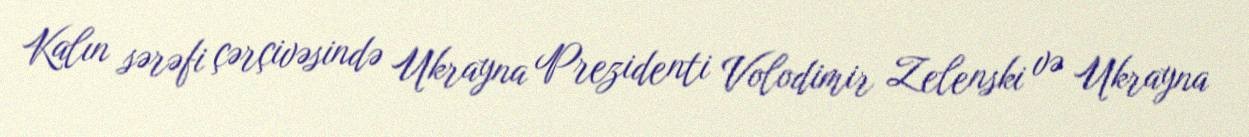
Kalın sərəfi çərçivəsində Ukrayna Prezidenti Volodimir Zelenski və Ukrayna